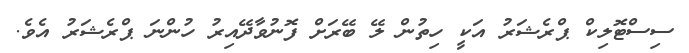
ސިސްޓޮލިކް ޕްރެޝަރު އަކީ ހިތުން ލޭ ބޭރަށް ފޮނުވާދޭއިރު ހުންނަ ޕްރެޝަރު އެވެ.